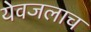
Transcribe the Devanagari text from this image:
येवजलाच